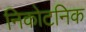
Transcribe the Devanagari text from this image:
निकोटनिक